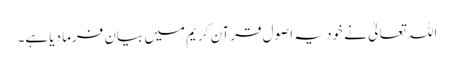
اللہ تعالیٰ نے خود یہ اصول قرآن کریم میں بیان فرما دیا ہے۔